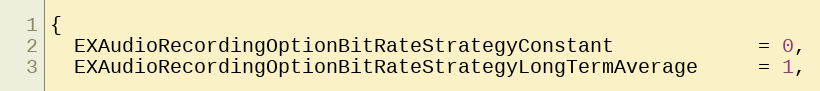
Language: C
{
  EXAudioRecordingOptionBitRateStrategyConstant            = 0,
  EXAudioRecordingOptionBitRateStrategyLongTermAverage     = 1,